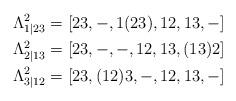
LaTeX: \begin{align*} \Lambda^2_{1|23} &= [23, -, 1(23), 12, 13, -] \\\Lambda^2_{2|13} &= [23, -, -, 12, 13, (13)2] \\\Lambda^2_{3|12} &= [23, (12)3,-, 12, 13, -] \end{align*}